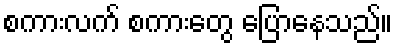
စကားလက် စကားတွေ ပြောနေသည်။